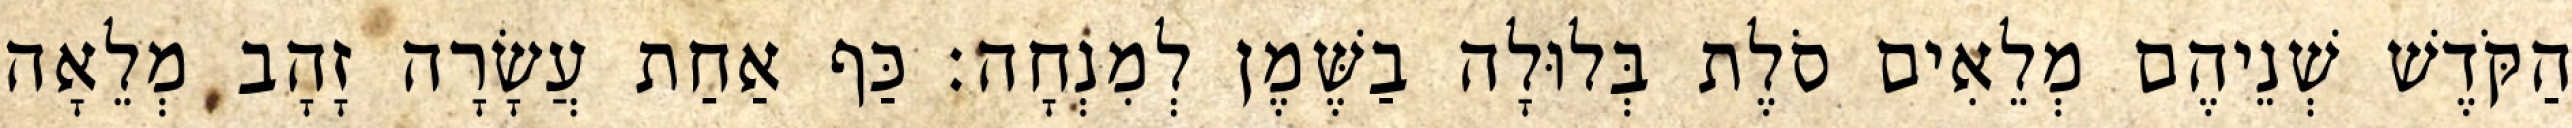
הַקֹּדֶשׁ שְׁנֵיהֶם מְלֵאִים סֹלֶת בְּלוּלָה בַשֶּׁמֶן לְמִנְחָה׃ כַּף אַחַת עֲשָׂרָה זָהָב מְלֵאָה